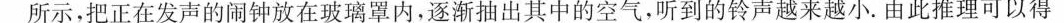
所示，把正在发声的闹钟放在玻璃罩内，逐渐抽出其中的空气，听到的铃声越来越小。由此推理可以得